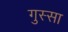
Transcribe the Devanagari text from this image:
गुस्‍सा